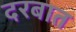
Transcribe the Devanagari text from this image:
दरबात